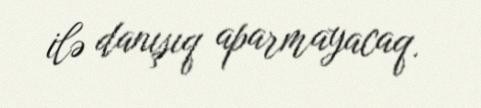
ilə danışıq aparmayacaq.